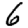
Digit: 6